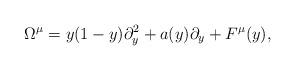
LaTeX: \begin{align*} \Omega^{\mu}=y(1-y)\partial_y^2 + a(y)\partial_y+F^{\mu}(y),\end{align*}